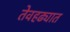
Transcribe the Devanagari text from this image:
तेवहढ्यात